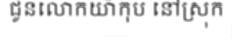
ជូនលោកយ៉ាកុប នៅស្រុក